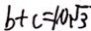
b + c = 1 0 \sqrt { 3 }